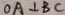
O A \bot B C